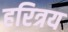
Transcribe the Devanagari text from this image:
हरित्रय